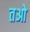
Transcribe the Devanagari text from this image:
तओ